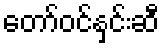
တော်ဝင်နှင်းဆီ